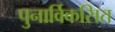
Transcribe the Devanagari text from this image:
पुनार्विकसित